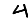
Digit: 4